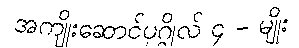
အကျိုးဆောင်ပုဂ္ဂိုလ် ၄ - မျိုး